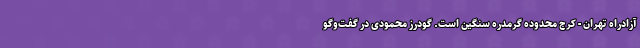
آزادراه تهران - کرج محدوده گرمدره سنگین است. گودرز محمودی در گفت‌وگو